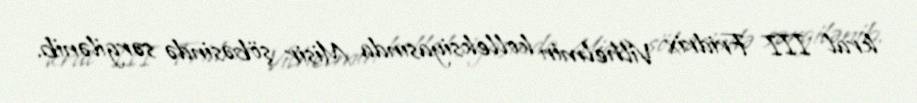
kral III Fridrix Vilhelmin kolleksiyasında Misir şöbəsində sərgilənib.